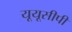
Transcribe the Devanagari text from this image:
यूयूसीपी